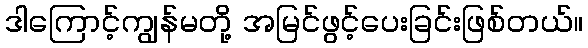
ဒါကြောင့်ကျွန်မတို့ အမြင်ဖွင့်ပေးခြင်းဖြစ်တယ်။